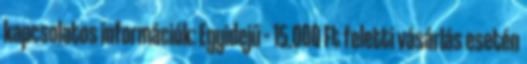
kapcsolatos információk: Egyidejű – 15.000 Ft feletti vásárlás esetén